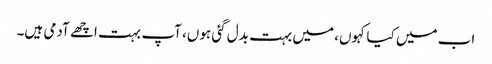
اب میں کیا کہوں، میں بہت بدل گئی ہوں، آپ بہت اچھے آدمی ہیں۔